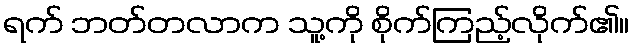
ရက် ဘတ်တလာက သူ့ကို စိုက်ကြည့်လိုက်၏။